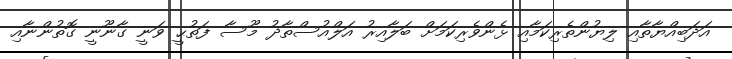
އަދަބިއްޔާތާއި ލިޔުންތެރިކަމާއި ޅެންވެރިކަމަށް ބަލާއިރު އަލްއުސްތާޛު މޫސާ ފަތުޙީ ވަނީ ގާނޫނީ ގޮތުންނާއި